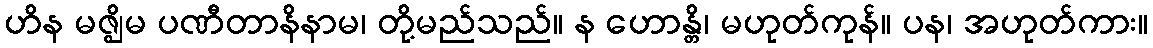
ဟိန မဇ္ဈိမ ပဏီတာနိနာမ၊ တို့မည်သည်။ န ဟောန္တိ၊ မဟုတ်ကုန်။ ပန၊ အဟုတ်ကား။